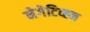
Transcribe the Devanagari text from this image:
नेगेटिव्ह्ज